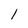
Character: l